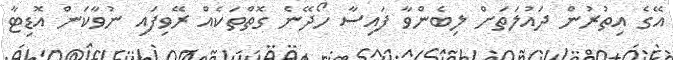
އޭގެ އިތުރުން ދައުލަތަށް ލިބެންވާ ފައިސާ ހޯދޭނެ ގޮތްތަކެއް ރޭވިފައި ނުވާކަން އޮޑިޓާ